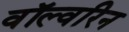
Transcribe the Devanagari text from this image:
वॉल्वरिन